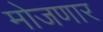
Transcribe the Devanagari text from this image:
मोजणार